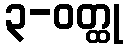
၃-ဝတ္ထု